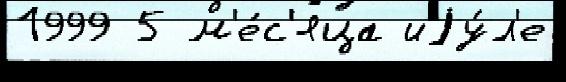
1999 5 м'е́с'яца иjу́л'е